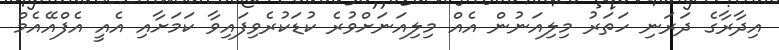
އިދާރާގެ ދަރަނި ހަތަރު މިލިއަނުން އެއް މިލިއަނަށްވުރެ ކުޑަކުރެވިފައިވާ ކަމަށާއި އެއީ އެފްއޭއެމް